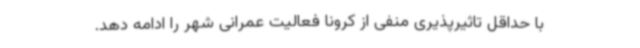
با حداقل تاثیرپذیری منفی از کرونا فعالیت عمرانی شهر را ادامه دهد.